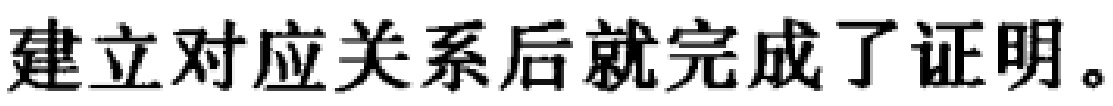
建立对应关系后就完成了证明。